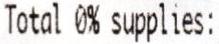
TOTAL 0% SUPPLIES: